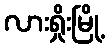
လားရှိုးမြို့